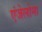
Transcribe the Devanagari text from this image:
एंजेलोना